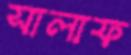
সালাফ